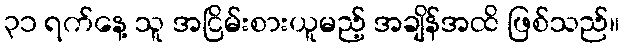
၃၁ ရက်နေ့ သူ အငြိမ်းစားယူမည့် အချိန်အထိ ဖြစ်သည်။